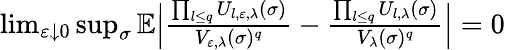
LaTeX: \begin{array}{r}{\operatorname*{lim}_{\varepsilon\downarrow 0}\operatorname*{sup}_{\sigma}\mathbb E\Bigl|\frac{\prod_{l\le q}U_{l,\varepsilon,\lambda}(\sigma)}{V_{\varepsilon,\lambda}(\sigma)^{q}}-\frac{\prod_{l\le q}U_{l,\lambda}(\sigma)}{V_{\lambda}(\sigma)^{q}}\Bigr|=0}\end{array}